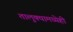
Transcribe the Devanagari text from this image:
तालुक्यामध्येही